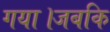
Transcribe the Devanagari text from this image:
गया।जबकि